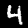
Digit: 4